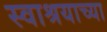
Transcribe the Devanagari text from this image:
स्वाश्रयाच्या